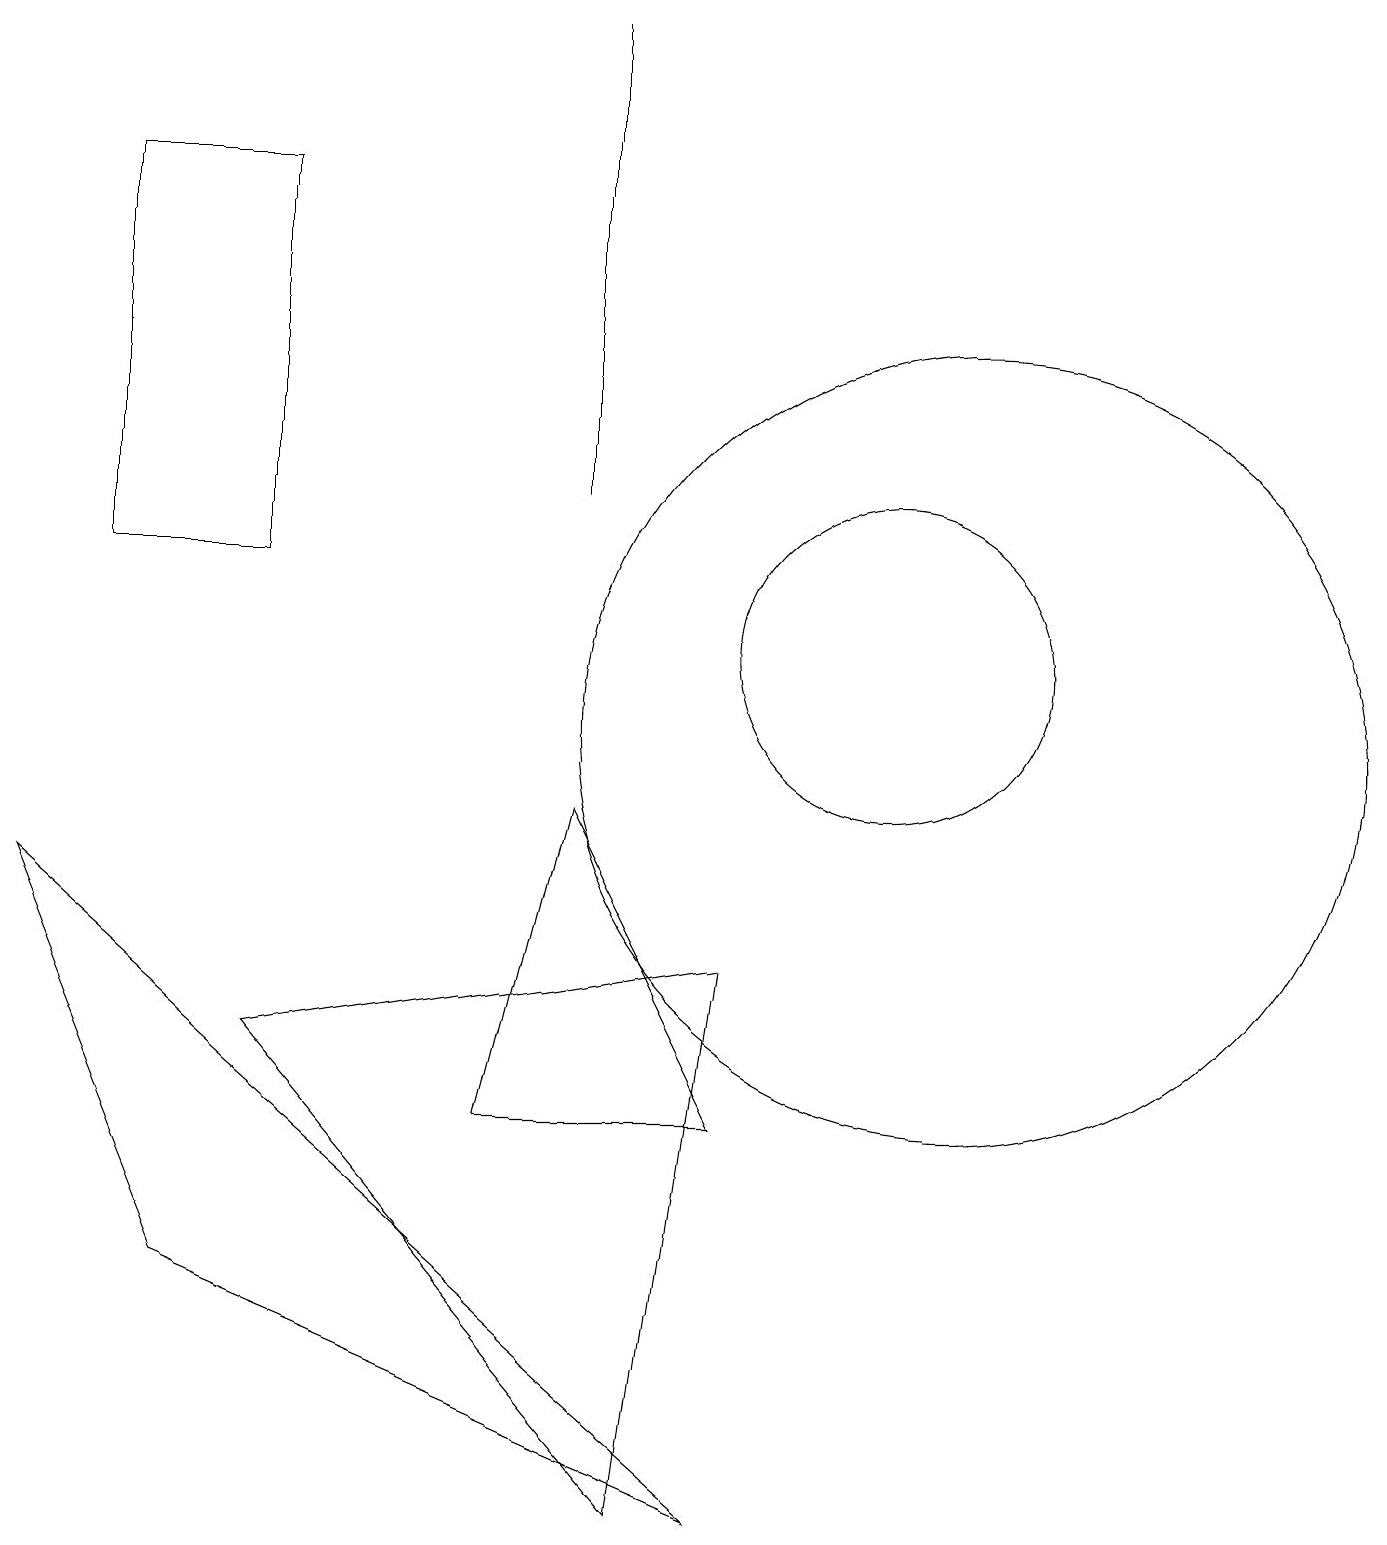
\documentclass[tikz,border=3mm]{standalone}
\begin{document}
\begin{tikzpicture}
\draw (7,13) rectangle (7,19);
\draw (12,10) circle (5);
\draw (11,11) circle (2);
\draw (9,5) -- (6,5) -- (7,9) -- cycle;
\draw (3,6) -- (9,7) -- (8,0) -- cycle;
\draw (3,17) rectangle (1,12);
\draw (2,3) -- (9,0) -- (0,8) -- cycle;
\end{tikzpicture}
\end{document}